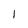
Character: 1